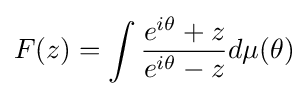
F(z)=\int {\frac {e^{i\theta }+z}{e^{i\theta }-z}}d\mu (\theta )